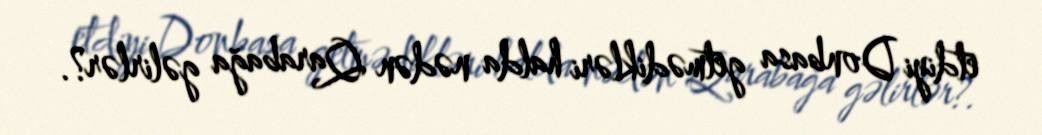
etdiyi Donbasa getmədikləri halda nədən Qarabağa gəlirlər?.